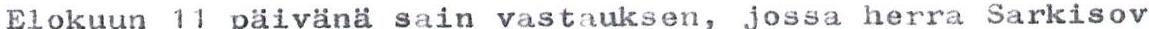
Elokuun 11 päivänä sain vastauksen, jossa herra Sarkisov